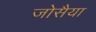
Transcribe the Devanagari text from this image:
जोसैया